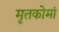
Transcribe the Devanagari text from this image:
मृतकोमां